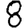
Digit: 8